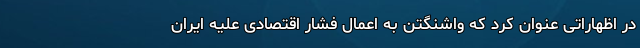
در اظهاراتی عنوان کرد که واشنگتن به اعمال فشار اقتصادی علیه ایران